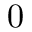
0